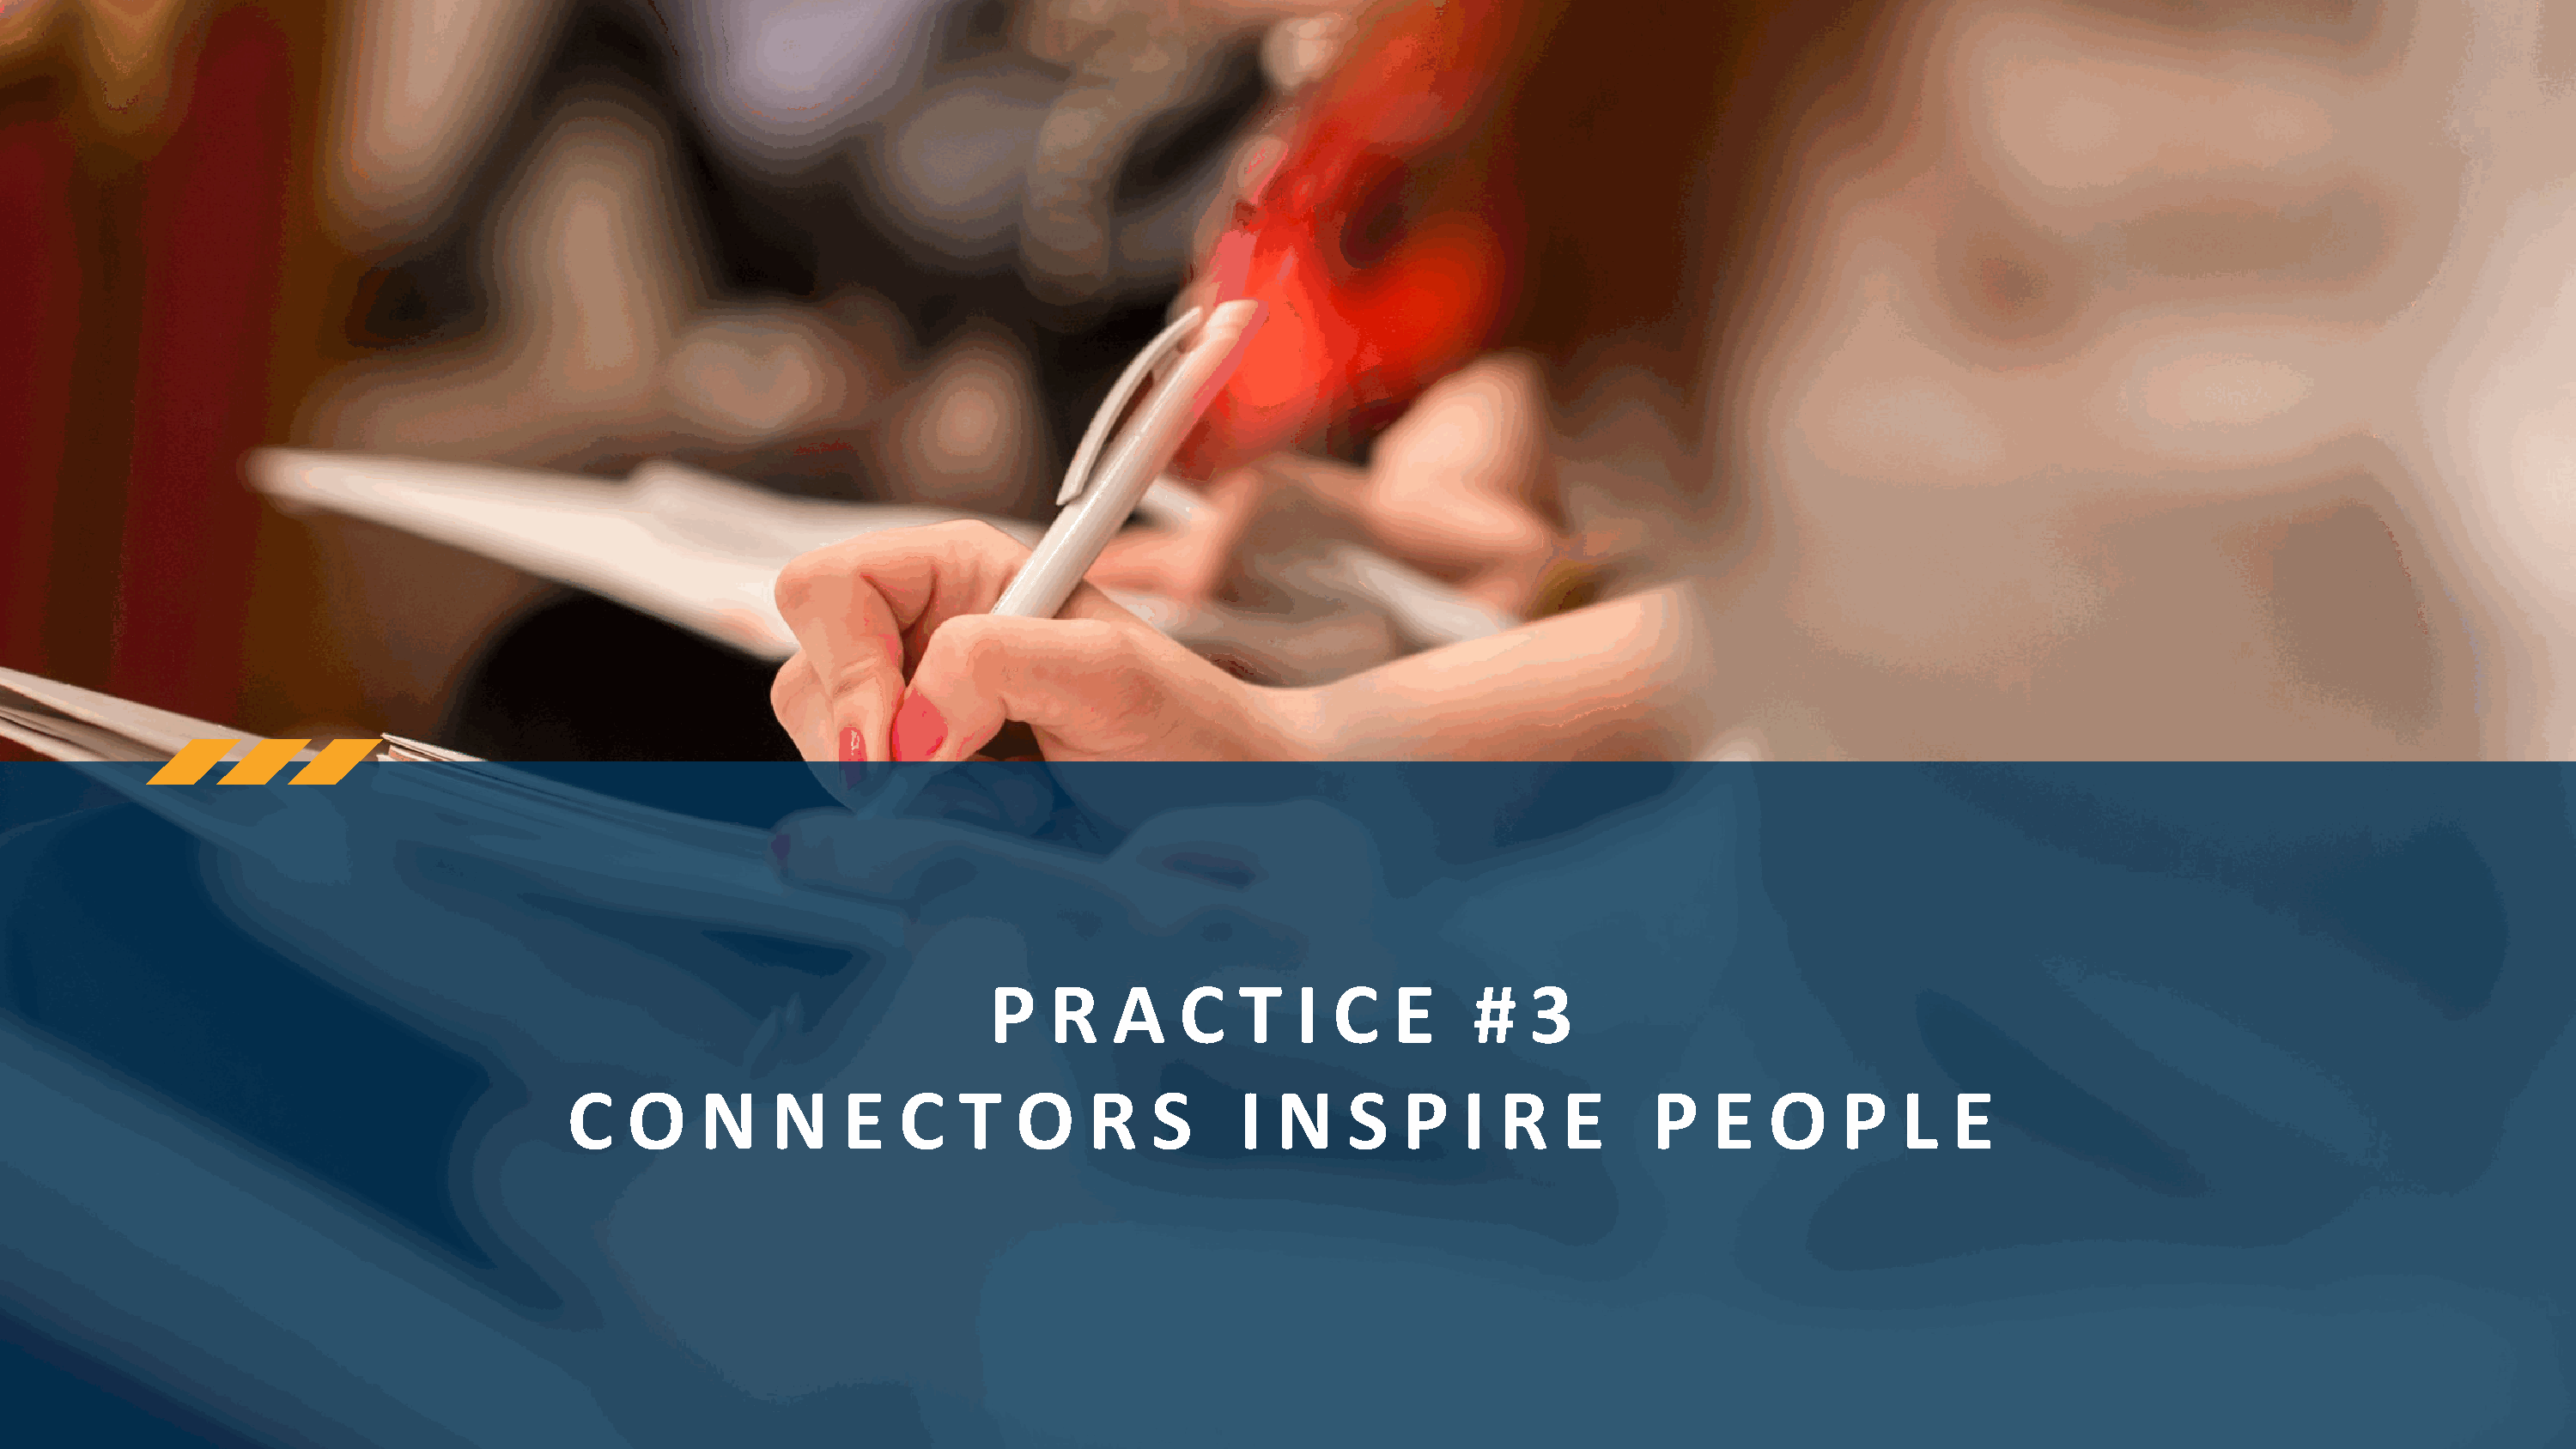
P    R    A    C    T   I  C   E      #   3
 C   O     N    N     E   C    T   O     R    S      I N     S   P    I  R   E      P    E   O     P    L  E